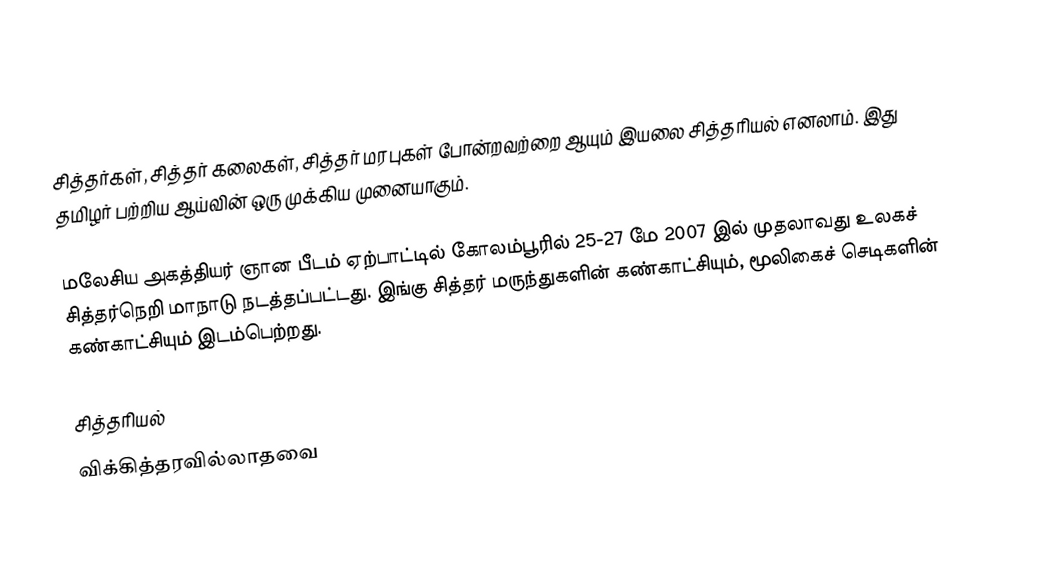
சித்தர்கள், சித்தர் கலைகள், சித்தர் மரபுகள் போன்றவற்றை ஆயும் இயலை சித்தரியல் எனலாம். இது தமிழர் பற்றிய ஆய்வின் ஒரு முக்கிய முனையாகும்.

மலேசிய அகத்தியர் ஞான பீடம் ஏற்பாட்டில் கோலம்பூரில் 25-27 மே 2007 இல் முதலாவது உலகச் சித்தர்நெறி மாநாடு நடத்தப்பட்டது. இங்கு சித்தர் மருந்துகளின் கண்காட்சியும், மூலிகைச் செடிகளின் கண்காட்சியும் இடம்பெற்றது.

சித்தரியல்
விக்கித்தரவில்லாதவை